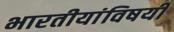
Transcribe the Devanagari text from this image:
भारतीयांविषयी